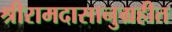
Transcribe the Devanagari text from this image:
श्रीरामदासानुग्रहीत